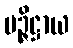
မဉ္ဇိဋ္ဌာယ